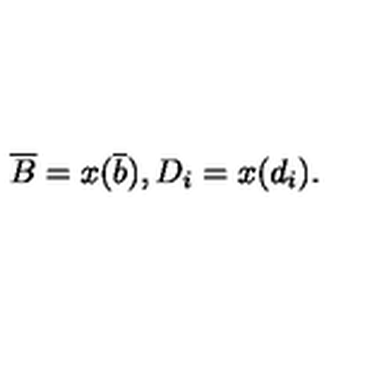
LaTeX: \overline { { B } } = x ( \overline { { b } } ) , D _ { i } = x ( d _ { i } ) .